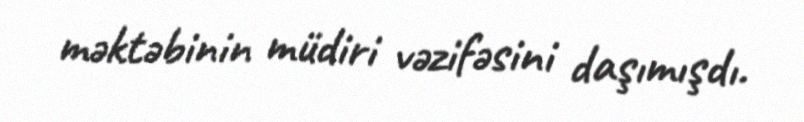
məktəbinin müdiri vəzifəsini daşımışdı.